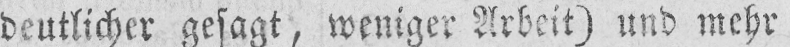
deutlicher gesagt, weniger Arbeit) und mehr